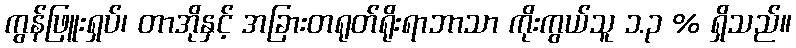
ကွန်ဖြူးရှပ်၊ တာအိုနှင့် အခြားတရုတ်ရိုးရာဘာသာ ကိုးကွယ်သူ ၁.၃ % ရှိသည်။